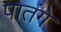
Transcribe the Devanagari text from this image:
पातंगे